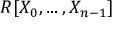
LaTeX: R [ X _ { 0 } , \dotsc , X _ { n - 1 } ]